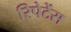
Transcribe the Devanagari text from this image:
रिपेटेंस